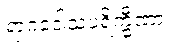
ရာဂဒေါသပရိက္ခီဏာ